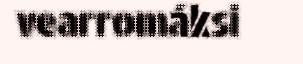
vearromáksi